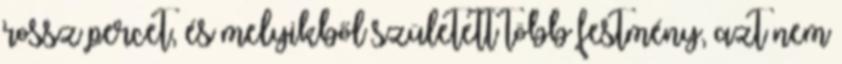
rossz percet, és melyikből született több festmény, azt nem